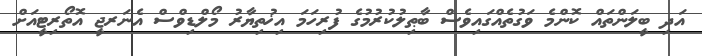
އަދި ބީލަންތައް ކޮންމެ ވަގުތެއްގައިވެސް ބާޠިލުކުރުމުގެ ފުރިހަމަ އިޚުތިޔާރު މޯލްޑިވްސް އެނަރޖީ އޮތޯރިޓީއަށް